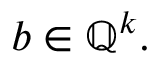
b \in \mathbb { Q } ^ { k } .